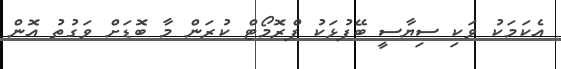
އެކަމަކު ވަކި ސިޔާސީ ބޭފުޅަކު ޕްރޮމޯޓް ކުރަން މާ ބޮޑަށް ވަގުތު އޮން